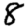
Digit: 8